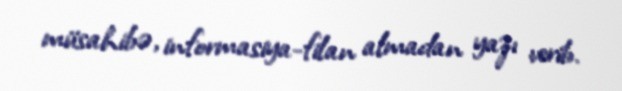
müsahibə, informasiya-filan almadan yazı verib.